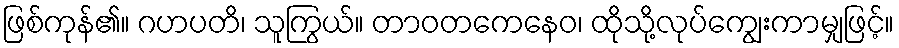
ဖြစ်ကုန်၏။ ဂဟပတိ၊ သူကြွယ်။ တာဝတကေနေဝ၊ ထိုသို့လုပ်ကျွေးကာမျှဖြင့်။